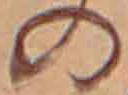
の